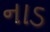
નાડ